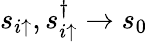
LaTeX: s_{i\uparrow},s_{i\uparrow}^{\dagger}\to s_{0}